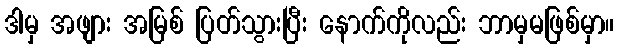
ဒါမှ အဖျား အမြစ် ပြတ်သွားပြီး နောက်ကိုလည်း ဘာမှမဖြစ်မှာ။